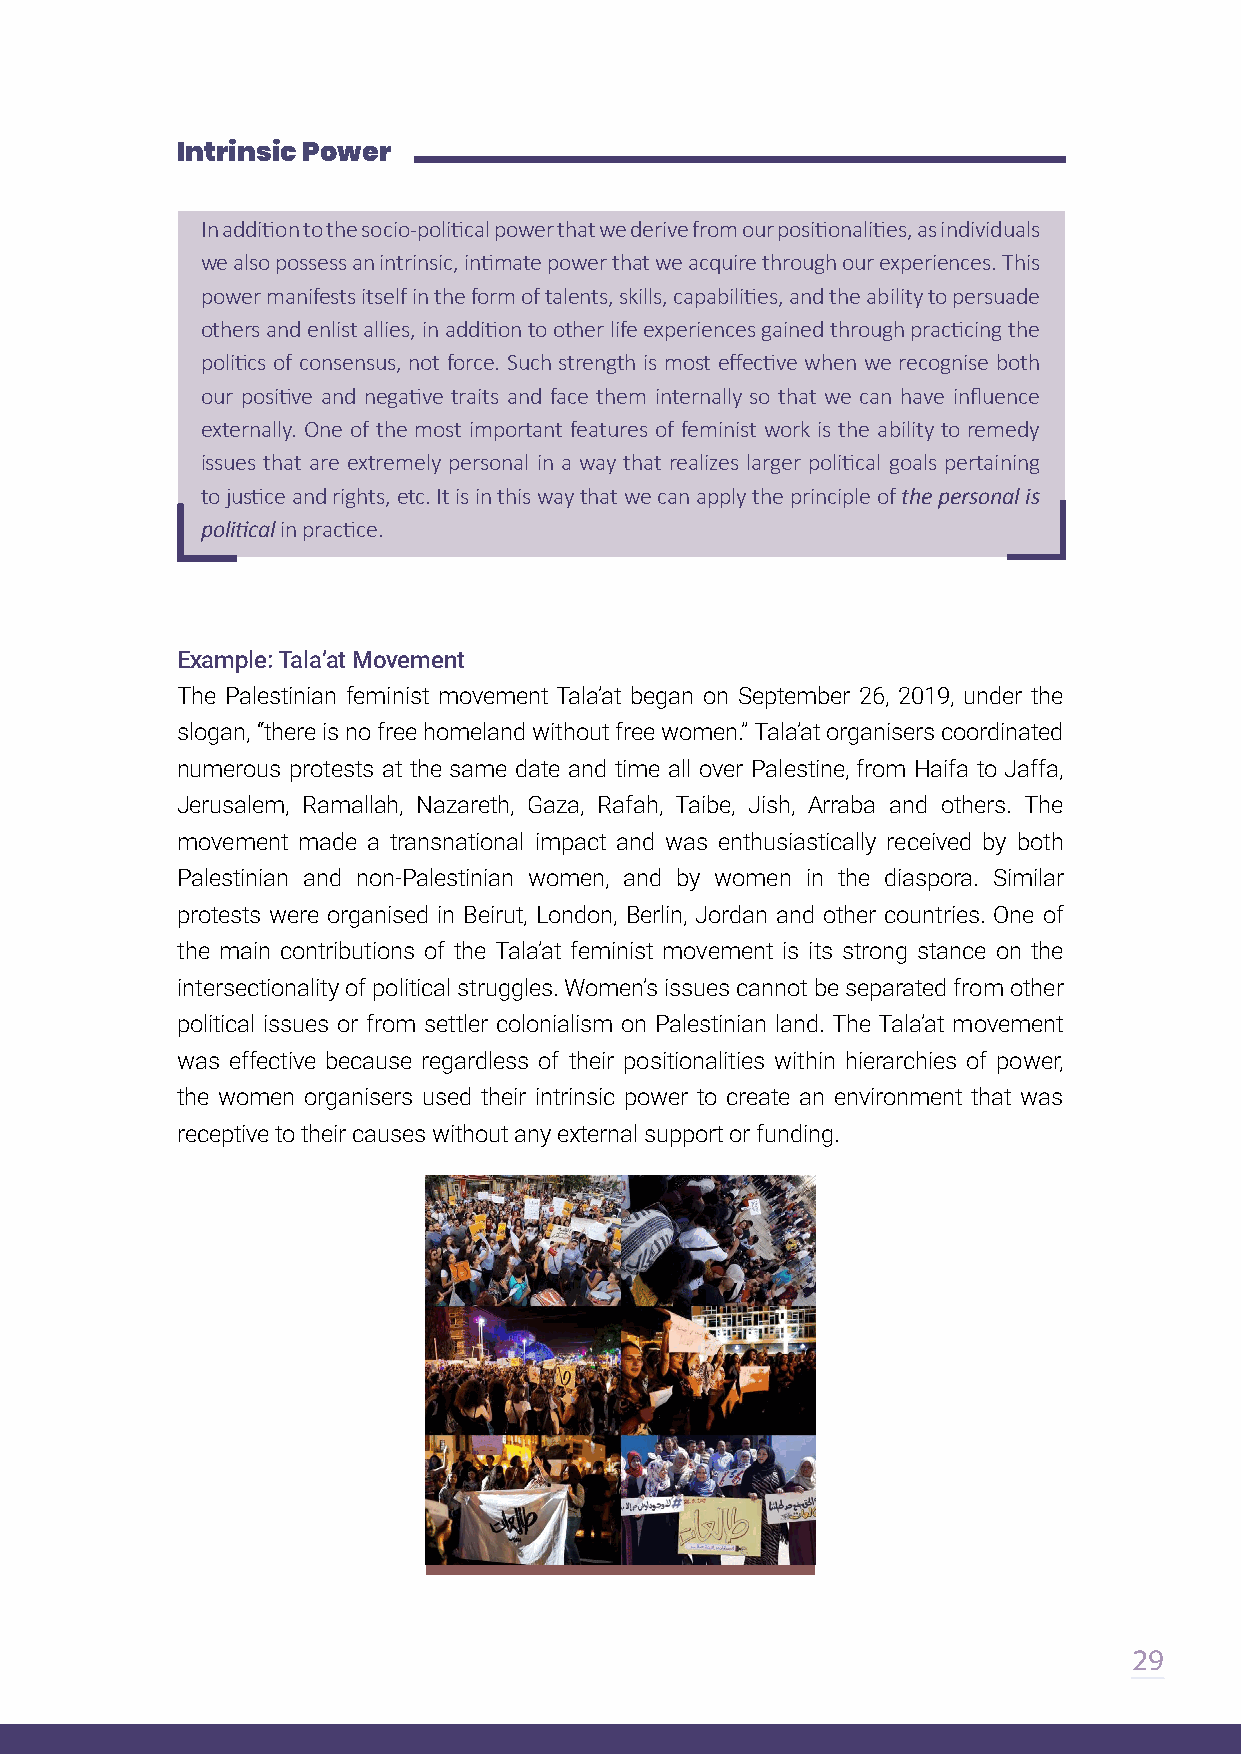
Intrinsic Power
 In addition to the socio-political power that we derive from our positionalities, as individuals
 we also possess an intrinsic, intimate power that we acquire through our experiences. This
 power manifests itself in the form of talents, skills, capabilities, and the ability to persuade
 others and enlist allies, in addition to other life experiences gained through practicing the
 politics of consensus, not force. Such strength is most effective when we recognise both
 our positive and negative traits and face them internally so that we can have influence
 externally. One of the most important features of feminist work is the ability to remedy
 issues that are extremely personal in a way that realizes larger political goals pertaining
 to justice and rights, etc. It is in this way that we can apply the principle of the personal is
 political in practice.
 Example: Tala’at Movement
 The Palestinian feminist movement Tala’at began on September 26, 2019, under the
 slogan, “there is no free homeland without free women.” Tala’at organisers coordinated
 numerous protests at the same date and time all over Palestine, from Haifa to Jaffa,
 Jerusalem, Ramallah, Nazareth, Gaza, Rafah, Taibe, Jish, Arraba and others. The
 movement made a transnational impact and was enthusiastically received by both
 Palestinian and non-Palestinian women, and by women in the diaspora. Similar
 protests were organised in Beirut, London, Berlin, Jordan and other countries. One of
 the main contributions of the Tala’at feminist movement is its strong stance on the
 intersectionality of political struggles. Women’s issues cannot be separated from other
 political issues or from settler colonialism on Palestinian land. The Tala’at movement
 was effective because regardless of their positionalities within hierarchies of power,
 the women organisers used their intrinsic power to create an environment that was
 receptive to their causes without any external support or funding.
 29